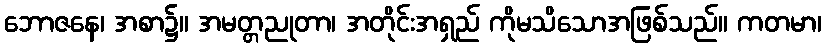
ဘောဇနေ၊ အစာ၌။ အမတ္တညုတာ၊ အတိုင်းအရှည် ကိုမသိသောအဖြစ်သည်။ ကတမာ၊